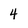
Character: 4